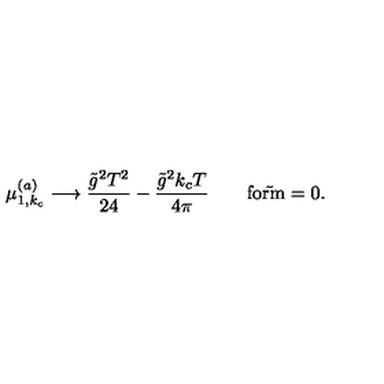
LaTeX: \mu _ { 1 , k _ { c } } ^ { ( a ) } \longrightarrow { \frac { \tilde { g } ^ { 2 } T ^ { 2 } } { 2 4 } } - { \frac { \tilde { g } ^ { 2 } k _ { c } T } { 4 \pi } } \qquad \mathrm { f o r \tilde { } m = 0 } .